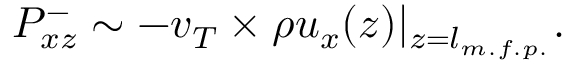
P _ { x z } ^ { - } \sim - v _ { T } \times \rho u _ { x } ( z ) | _ { z = l _ { m . f . p . } } .